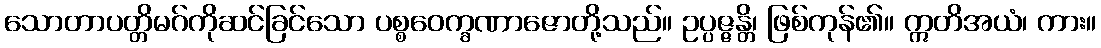
သောတာပတ္တိမဂ်ကိုဆင်ခြင်သော ပစ္စဝေက္ခဏာဇောတို့သည်။ ဥပ္ပဇ္ဇန္တိ၊ ဖြစ်ကုန်၏။ ဣတိအယံ၊ ကား။